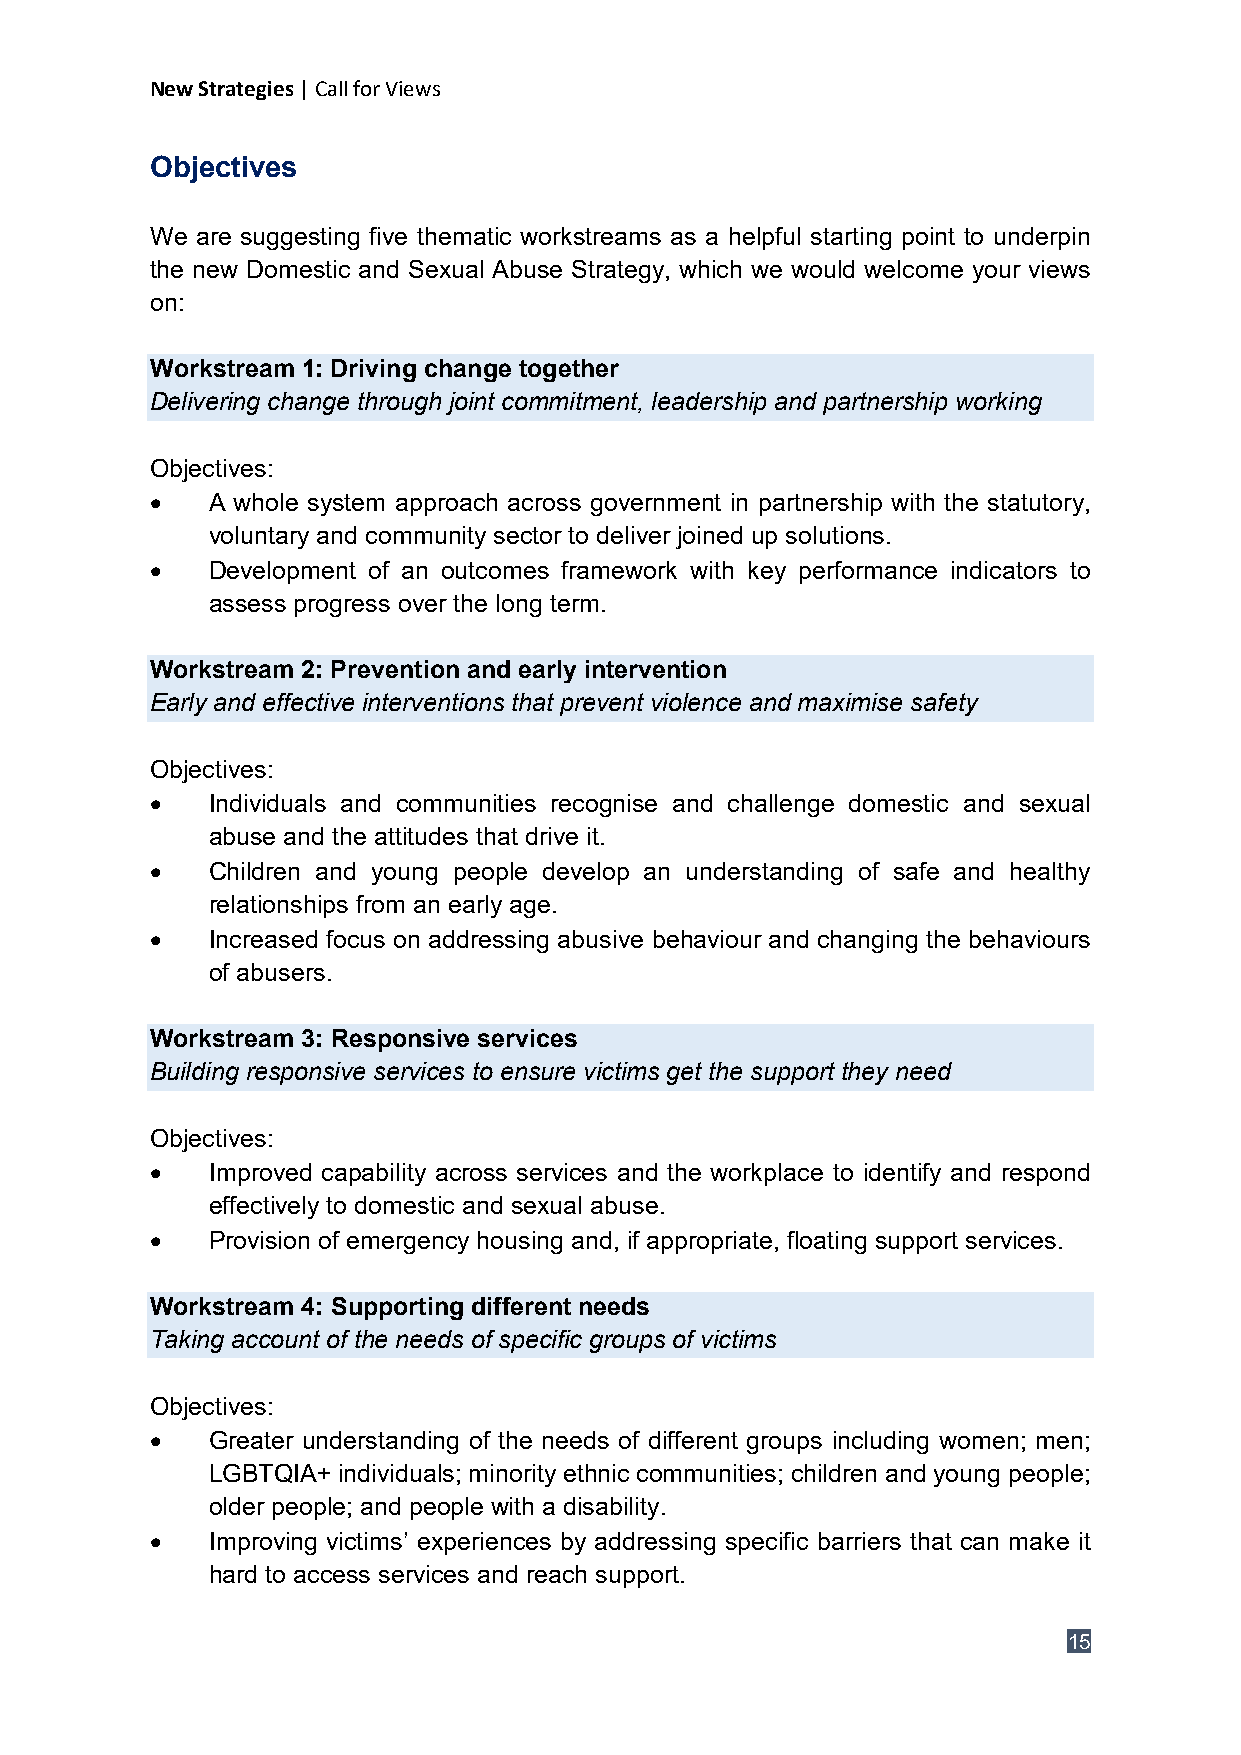
New Strategies | Call for Views
 Objectives
 We are suggesting five thematic workstreams as a helpful starting point to underpin
 the new Domestic and Sexual Abuse Strategy, which we would welcome your views
 on:
 Workstream 1: Driving change together
 Delivering change through joint commitment, leadership and partnership working
 Objectives:
 •   A whole system approach across government in partnership with the statutory,
 voluntary and community sector to deliver joined up solutions.
 •   Development of an outcomes framework with key performance indicators to
 assess progress over the long term.
 Workstream 2: Prevention and early intervention
 Early and effective interventions that prevent violence and maximise safety
 Objectives:
 •   Individuals and communities recognise and challenge domestic and sexual
 abuse and the attitudes that drive it.
 •   Children and young people develop an understanding of safe and healthy
 relationships from an early age.
 •   Increased focus on addressing abusive behaviour and changing the behaviours
 of abusers.
 Workstream 3: Responsive services
 Building responsive services to ensure victims get the support they need
 Objectives:
 •   Improved capability across services and the workplace to identify and respond
 effectively to domestic and sexual abuse.
 •   Provision of emergency housing and, if appropriate, floating support services.
 Workstream 4: Supporting different needs
 Taking account of the needs of specific groups of victims
 Objectives:
 •   Greater understanding of the needs of different groups including women; men;
 LGBTQIA+ individuals; minority ethnic communities; children and young people;
 older people; and people with a disability.
 •   Improving victims’ experiences by addressing specific barriers that can make it
 hard to access services and reach support.
 15